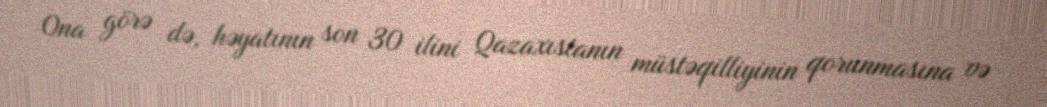
Ona görə də, həyatının son 30 ilini Qazaxıstanın müstəqilliyinin qorunmasına və